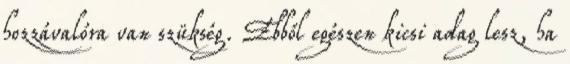
hozzávalóra van szükség. Ebből egészen kicsi adag lesz, ha